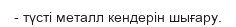
- түсті металл кендерін шығару.